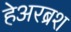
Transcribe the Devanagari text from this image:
हेअरब्रश